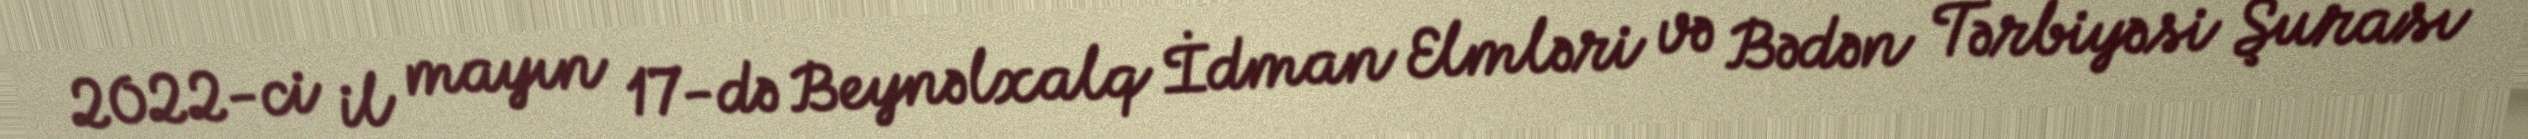
2022-ci il mayın 17-də Beynəlxalq İdman Elmləri və Bədən Tərbiyəsi Şurası